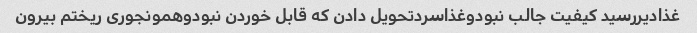
غذادیررسید کیفیت جالب نبودوغذاسردتحویل دادن که قابل خوردن نبودوهمونجوری ریختم بیرون